Annual report on the mental hospital in the Central Provinces and Berar (Nagpur) - 1927-1951
Year: 1927
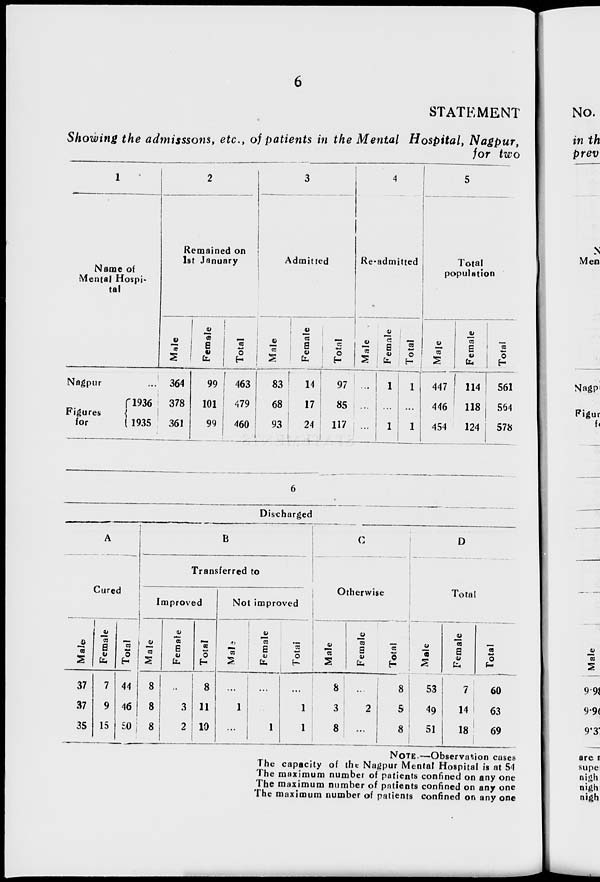
6
STATEMENT
Showing the admisssons, etc., of patients in the Mental Hospital, Nagpur,
for two
1
Name of
Mental Hospi-
tal
Nagpur ...
Figures
for
1936
1935
2
Remained on
1st January
Male
364
378
361
Female
99
101
99
Total
463
479
460
3
Admitted
Male
83
68
93
Female
14
17
24
Total
97
85
117
4
Re-admitted
Male
...
...
...
Female
1
...
1
Total
1
...
1
5
Total
population
Male
447
446
454
Female
114
118
124
Total
561
564
578
6
Discharged
A
Cured
Male
37
37
35
Female
7
9
15
Total
44
46
50
B
Transferred to
Improved
Male
8
8
8
Female
...
3
2
Total
8
11
10
Not improved
Male
...
1
...
Female
...
...
1
Total
...
1
1
C
Otherwise
Male
8
3
8
Female
...
2
...
Total
8
5
8
D
Total
Male
53
49
51
Female
7
14
18
Total
60
63
69
NOTE.—Observation cases
The capacity of the Nagpur Mental Hospital is at 54
The maximum number of patients confined on any one
The maximum number of patients confined on any one
The maximum number of patients confined on any one